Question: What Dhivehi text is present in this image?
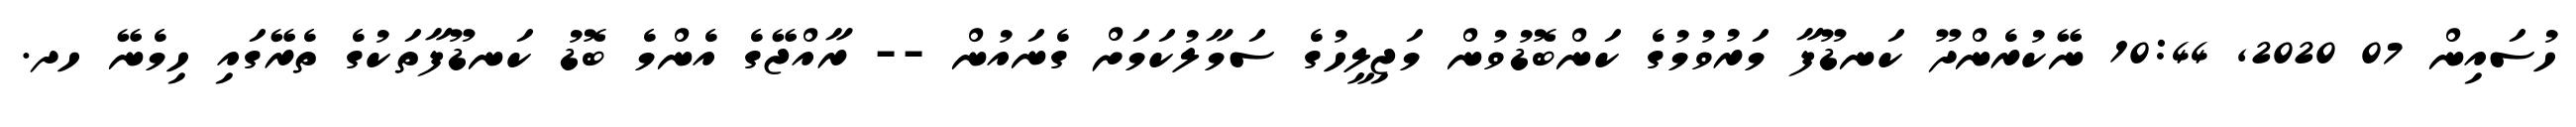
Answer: ހުސައިން 07 2020, 10:44 ނޭކުރެންދޫ ކަނޑޫފާ މަރުވުމުގެ ކަންބޮޑުވުން މަޖިލީހުގެ ސަމާލުކަމަށް ގެނައުން -- ރާއްޖޭގެ އެންމެ ބޮޑު ކަނޑޫފާތަކުގެ ތެރޭގައި ހިމެނޭ ހދ.